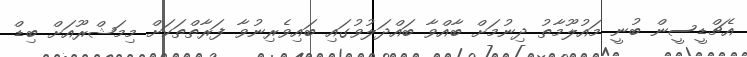
އެޗްޑީސީން ބުނީ މައުލޫމާތު ދިނުމަށް ބާއްވާ ބައްދަލުވުގައި ބައިވެރިނުވާ ފަރާތްތަކަށް މިމަޝްރޫއަށް ބިޑް